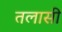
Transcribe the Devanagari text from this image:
तलासी